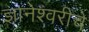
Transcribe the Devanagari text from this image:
ज्ञानेश्‍वरीचे